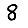
Digit: 8